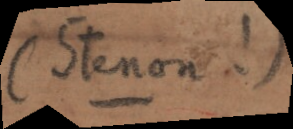
(Stenon !)